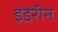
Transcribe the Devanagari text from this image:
इडेरीन